Report of the Municipal Commissioner on the plague in Bombay for the year ending 31st May... - Volume 2
Disease focus: Plague
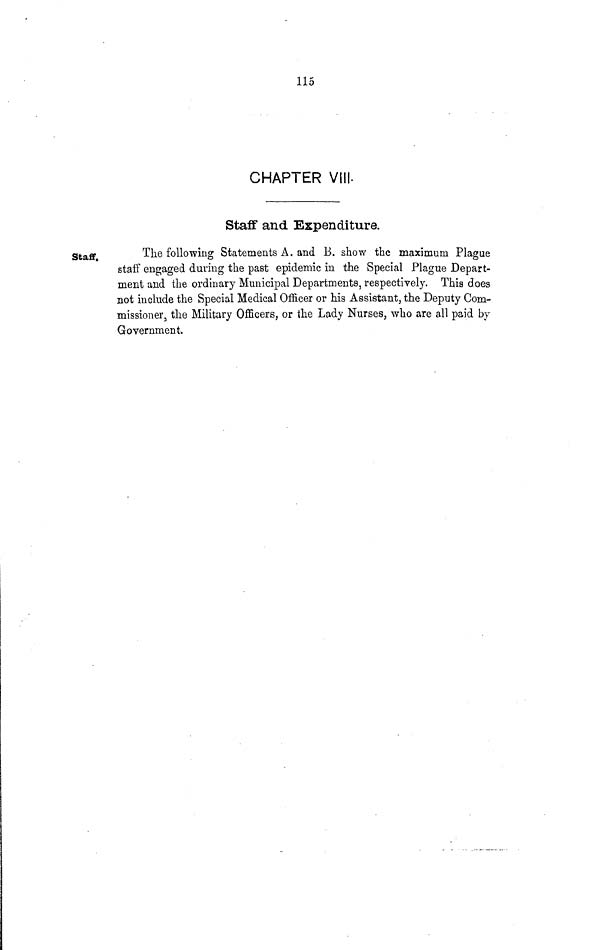
115
CHAPTER VIII.
Staff and Expenditure.
Staff.
The following Statements A. and B. show the maximum Plague
staff engaged during the past epidemic in the Special Plague Depart-
ment and the ordinary Municipal Departments, respectively. This does
not include the Special Medical Officer or his Assistant, the Deputy Com-
missioner, the Military Officers, or the Lady Nurses, who are all paid by
Government.